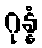
ဂုန္နံ